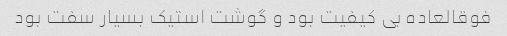
فوقالعاده بی کیفیت بود و گوشت استیک بسیار سفت بود